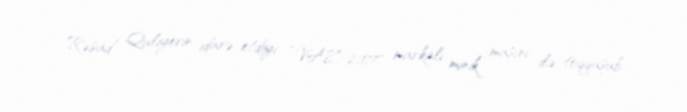
Rəşad Quliyevin idarə etdiyi “VAZ-2107" markalı minik maşını ilə toqquşub.